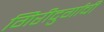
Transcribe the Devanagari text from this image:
गिरीदुर्गाची